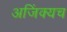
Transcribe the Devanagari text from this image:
अजिंक्यच